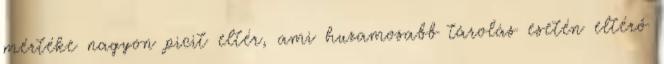
mértéke nagyon picit eltér, ami huzamosabb tárolás esetén eltérő